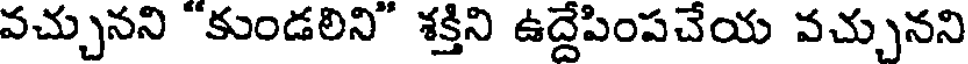
వచ్చునని "కుండలిని" శక్తిని ఉద్దేపింపచేయ వచ్చునని